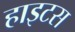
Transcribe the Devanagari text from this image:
हाइटस